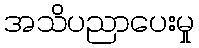
အသိပညာပေးမှု